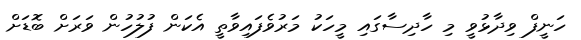
ހަނީފް ވިދާޅުވީ މި ހާދިސާގައި މީހަކު މަރުވެފައިވާތީ އެކަން ފުލުހުން ވަރަށް ބޮޑަށް